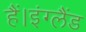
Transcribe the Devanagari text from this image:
हैं।इंग्लैंड